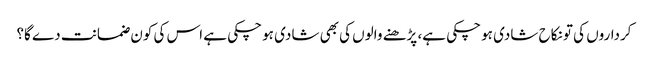
کرداروں کی تو نکاح شادی ہو چکی ہے، پڑھنے والوں کی بھی شادی ہو چکی ہے اس کی کون ضمانت دے گا؟